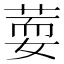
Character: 𦵘